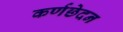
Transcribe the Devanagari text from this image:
कर्णछेदन